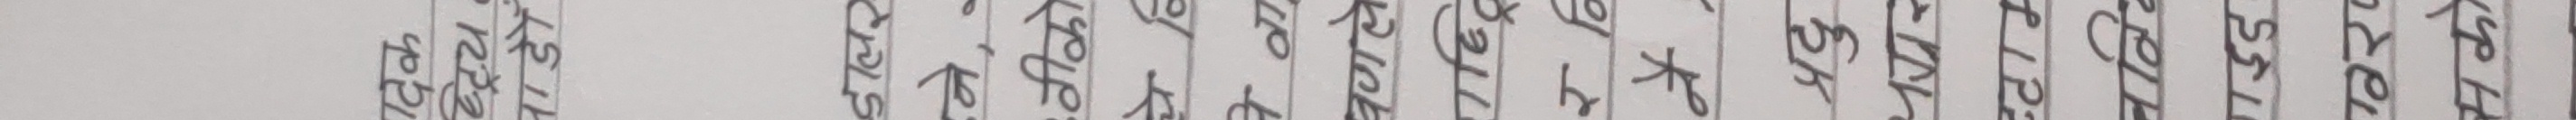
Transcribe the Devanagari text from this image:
दिक
डालर
ने, -
वीको
वे वा
वणले
र वि
नै
प्रदु
स्टाम
नविव
551
मको